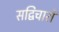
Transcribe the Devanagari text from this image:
सद्विचारों